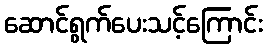
ဆောင်ရွက်ပေးသင့်ကြောင်း